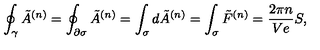
\oint _ { \gamma } \tilde { A } ^ { ( n ) } = \oint _ { \partial \sigma } \tilde { A } ^ { ( n ) } = \int _ { \sigma } d \tilde { A } ^ { ( n ) } = \int _ { \sigma } \tilde { F } ^ { ( n ) } = \frac { 2 \pi n } { V e } S ,